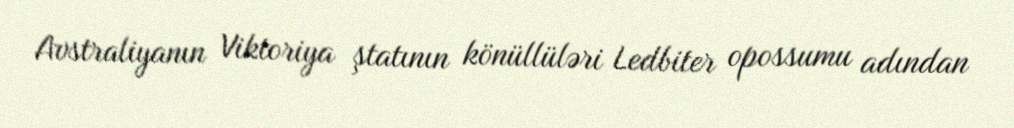
Avstraliyanın Viktoriya ştatının könüllüləri Ledbiter opossumu adından